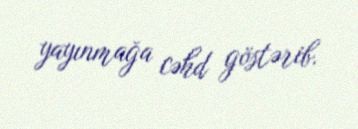
yayınmağa cəhd göstərib.